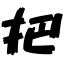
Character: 把